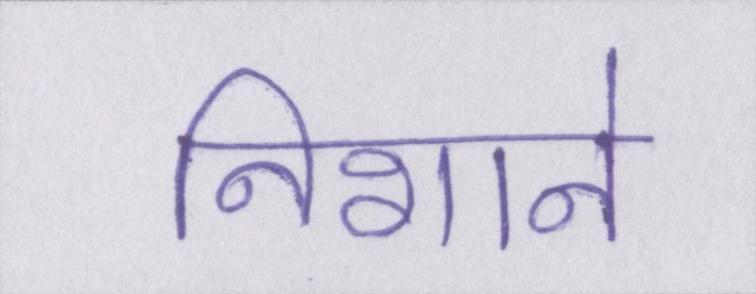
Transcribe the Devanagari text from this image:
निशाने